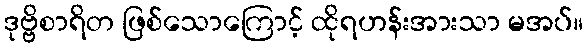
ဒုဗ္ဗိစာရိတ ဖြစ်သောကြောင့် ထိုရဟန်းအားသာ မအပ်။